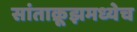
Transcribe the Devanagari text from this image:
सांताक्रूझमध्येच